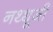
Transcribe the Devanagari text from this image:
नथ्थूजी